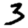
Digit: 3